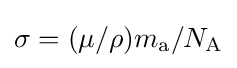
\sigma =(\mu /\rho )m_{\text{a}}/N_{\text{A}}